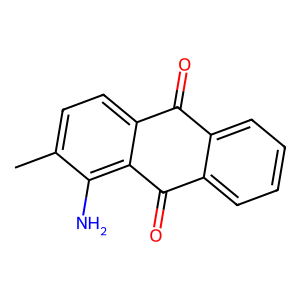
SMILES: Cc1ccc2c(c1N)C(=O)c1ccccc1C2=O
Inhibits HIV replication: No